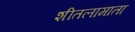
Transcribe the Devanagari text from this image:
शीतलामाता